Scottish Leaving Certificate Examination, 1961
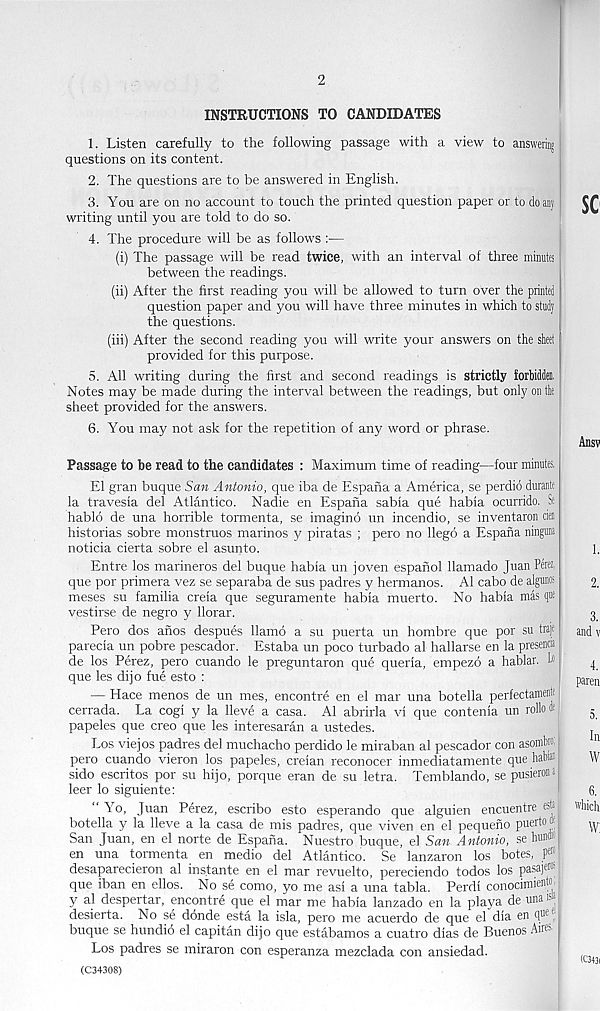
2
INSTRUCTIONS TO CANDIDATES
1. Listen carefully to the following passage with a view to answering
questions on its content.
2. The questions are to be answered in English.
3. You are on no account to touch the printed question paper or to do any
writing until you are told to do so.
4. The procedure will be as follows :—
(i) The passage will be read twice, with an interval of three minutes
between the readings.
(ii) After the first reading you will be allowed to turn over the printed
question paper and you will have three minutes in which to study
the questions.
(iii) After the second reading you will write your answers on the sheet
provided for this purpose.
5. All writing during the first and second readings is strictly forbidden.
Notes may be made during the interval between the readings, but only on the
sheet provided for the answers.
6. You may not ask for the repetition of any word or phrase.
Passage to be read to the candidates : Maximum time of reading—four minutes.
El gran buque San Antonio, que iba de Espana a America, se perdio durante
la travesia del AtlantiCo. Nadie en Espana sabia que habia ocurrido. Se
hablo de una horrible tormenta, se imagine un incendio, se inventaron den
historias sobre monstruos marinos y piratas ; pero no llego a Espana ninguna
noticia cierta sobre el asunto.
Entre los marineros del buque habia un joven espahol 11am ado Juan Perez,
que por primera vez se separaba de sus padres y hermanos. A1 cabo de algunos
meses su familia creia que seguramente habia muerto. No habia mas q»e
vestirse de negro y llorar.
Pero dos anos despues llamo a su puerta un hombre que por su traje
parecia un pobre pescador. Estaba un poco turbado al hallarse en la presencia
de los Perez, pero cuando le preguntaron que queria, empezo a hablar. b
que les dijo fue esto :
— Hace menos de un mes, encontre en el mar una
cerrada. La cogi y la lleve a casa. Al abrirla vi que
papeles que creo que les interesaran a ustedes.
Los viejos padres del muchacho perdido le miraban al pescador con asombio.
pero cuando vieron los papeles, creian reconocer inmediatamente que habi®
sido escritos por su hijo, porque eran de su letra. Temblando, se pusieron*
leer lo siguiente:
“ Yo, Juan Perez, escribo esto esperando que alguien encuentre kM
botella y la lleve a la casa de mis padres, que viven en el pequeno puerto '
San Juan, en el norte de Espana. Nuestro buque, el San Antonio, se hun«
en una tormenta en medio del Atlantico. Se lanzaron los botes,
desaparecieron al instante en el mar revuelto, pereciendo todos los pasajew
que iban en ellos. No se como, yo me asi a una tabla. Perdi conocimiento.
y al despertar, encontre que el mar me habia lanzado en la playa de una »
desierta. No se donde esta la isla, pero me acuerdo de que el dia en q ue J
buque se hundio el capitan dijo que estabamos a cuatro dias de Buenos Aii f -
Los padres se miraron con esperanza mezclada con ansiedad.
(C34308)
totella perfectamentt
contenia un rollo h